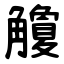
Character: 觼